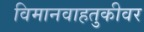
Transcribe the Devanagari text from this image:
विमानवाहतुकीवर